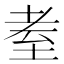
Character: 耊